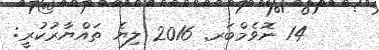
14 ނޮވެމްބަރ